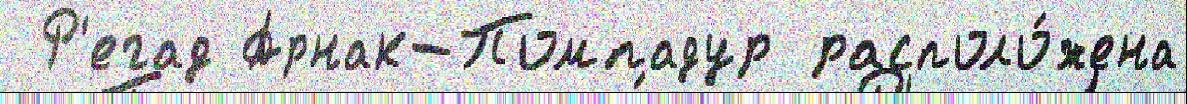
 Р'егад Арнак-Помпадур располо́жена